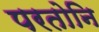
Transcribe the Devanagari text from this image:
परतोनि